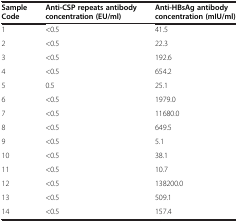
<table><thead><tr><td><b>Sample Code</b></td><td><b>Anti-CSP repeats antibody concentration (EU/ml)</b></td><td><b>Anti-HBsAg antibody concentration (mIU/ml)</b></td></tr></thead><tbody><tr><td>1</td><td>&lt;0.5</td><td>41.5</td></tr><tr><td>2</td><td>&lt;0.5</td><td>22.3</td></tr><tr><td>3</td><td>&lt;0.5</td><td>192.6</td></tr><tr><td>4</td><td>&lt;0.5</td><td>654.2</td></tr><tr><td>5</td><td>0.5</td><td>25.1</td></tr><tr><td>6</td><td>&lt;0.5</td><td>1979.0</td></tr><tr><td>7</td><td>&lt;0.5</td><td>11680.0</td></tr><tr><td>8</td><td>&lt;0.5</td><td>649.5</td></tr><tr><td>9</td><td>&lt;0.5</td><td>5.1</td></tr><tr><td>10</td><td>&lt;0.5</td><td>38.1</td></tr><tr><td>11</td><td>&lt;0.5</td><td>10.7</td></tr><tr><td>12</td><td>&lt;0.5</td><td>138200.0</td></tr><tr><td>13</td><td>&lt;0.5</td><td>509.1</td></tr><tr><td>14</td><td>&lt;0.5</td><td>157.4</td></tr></tbody></table>